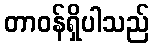
တာဝန်ရှိပါသည်